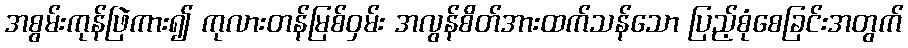
အစွမ်းကုန်ဖြဲကား၍ ကုလားတန်မြစ်ဝှမ်း အလွန်စိတ်အားထက်သန်သော ပြည့်စုံစေခြင်းအတွက်